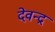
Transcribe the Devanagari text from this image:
देवन्द्र